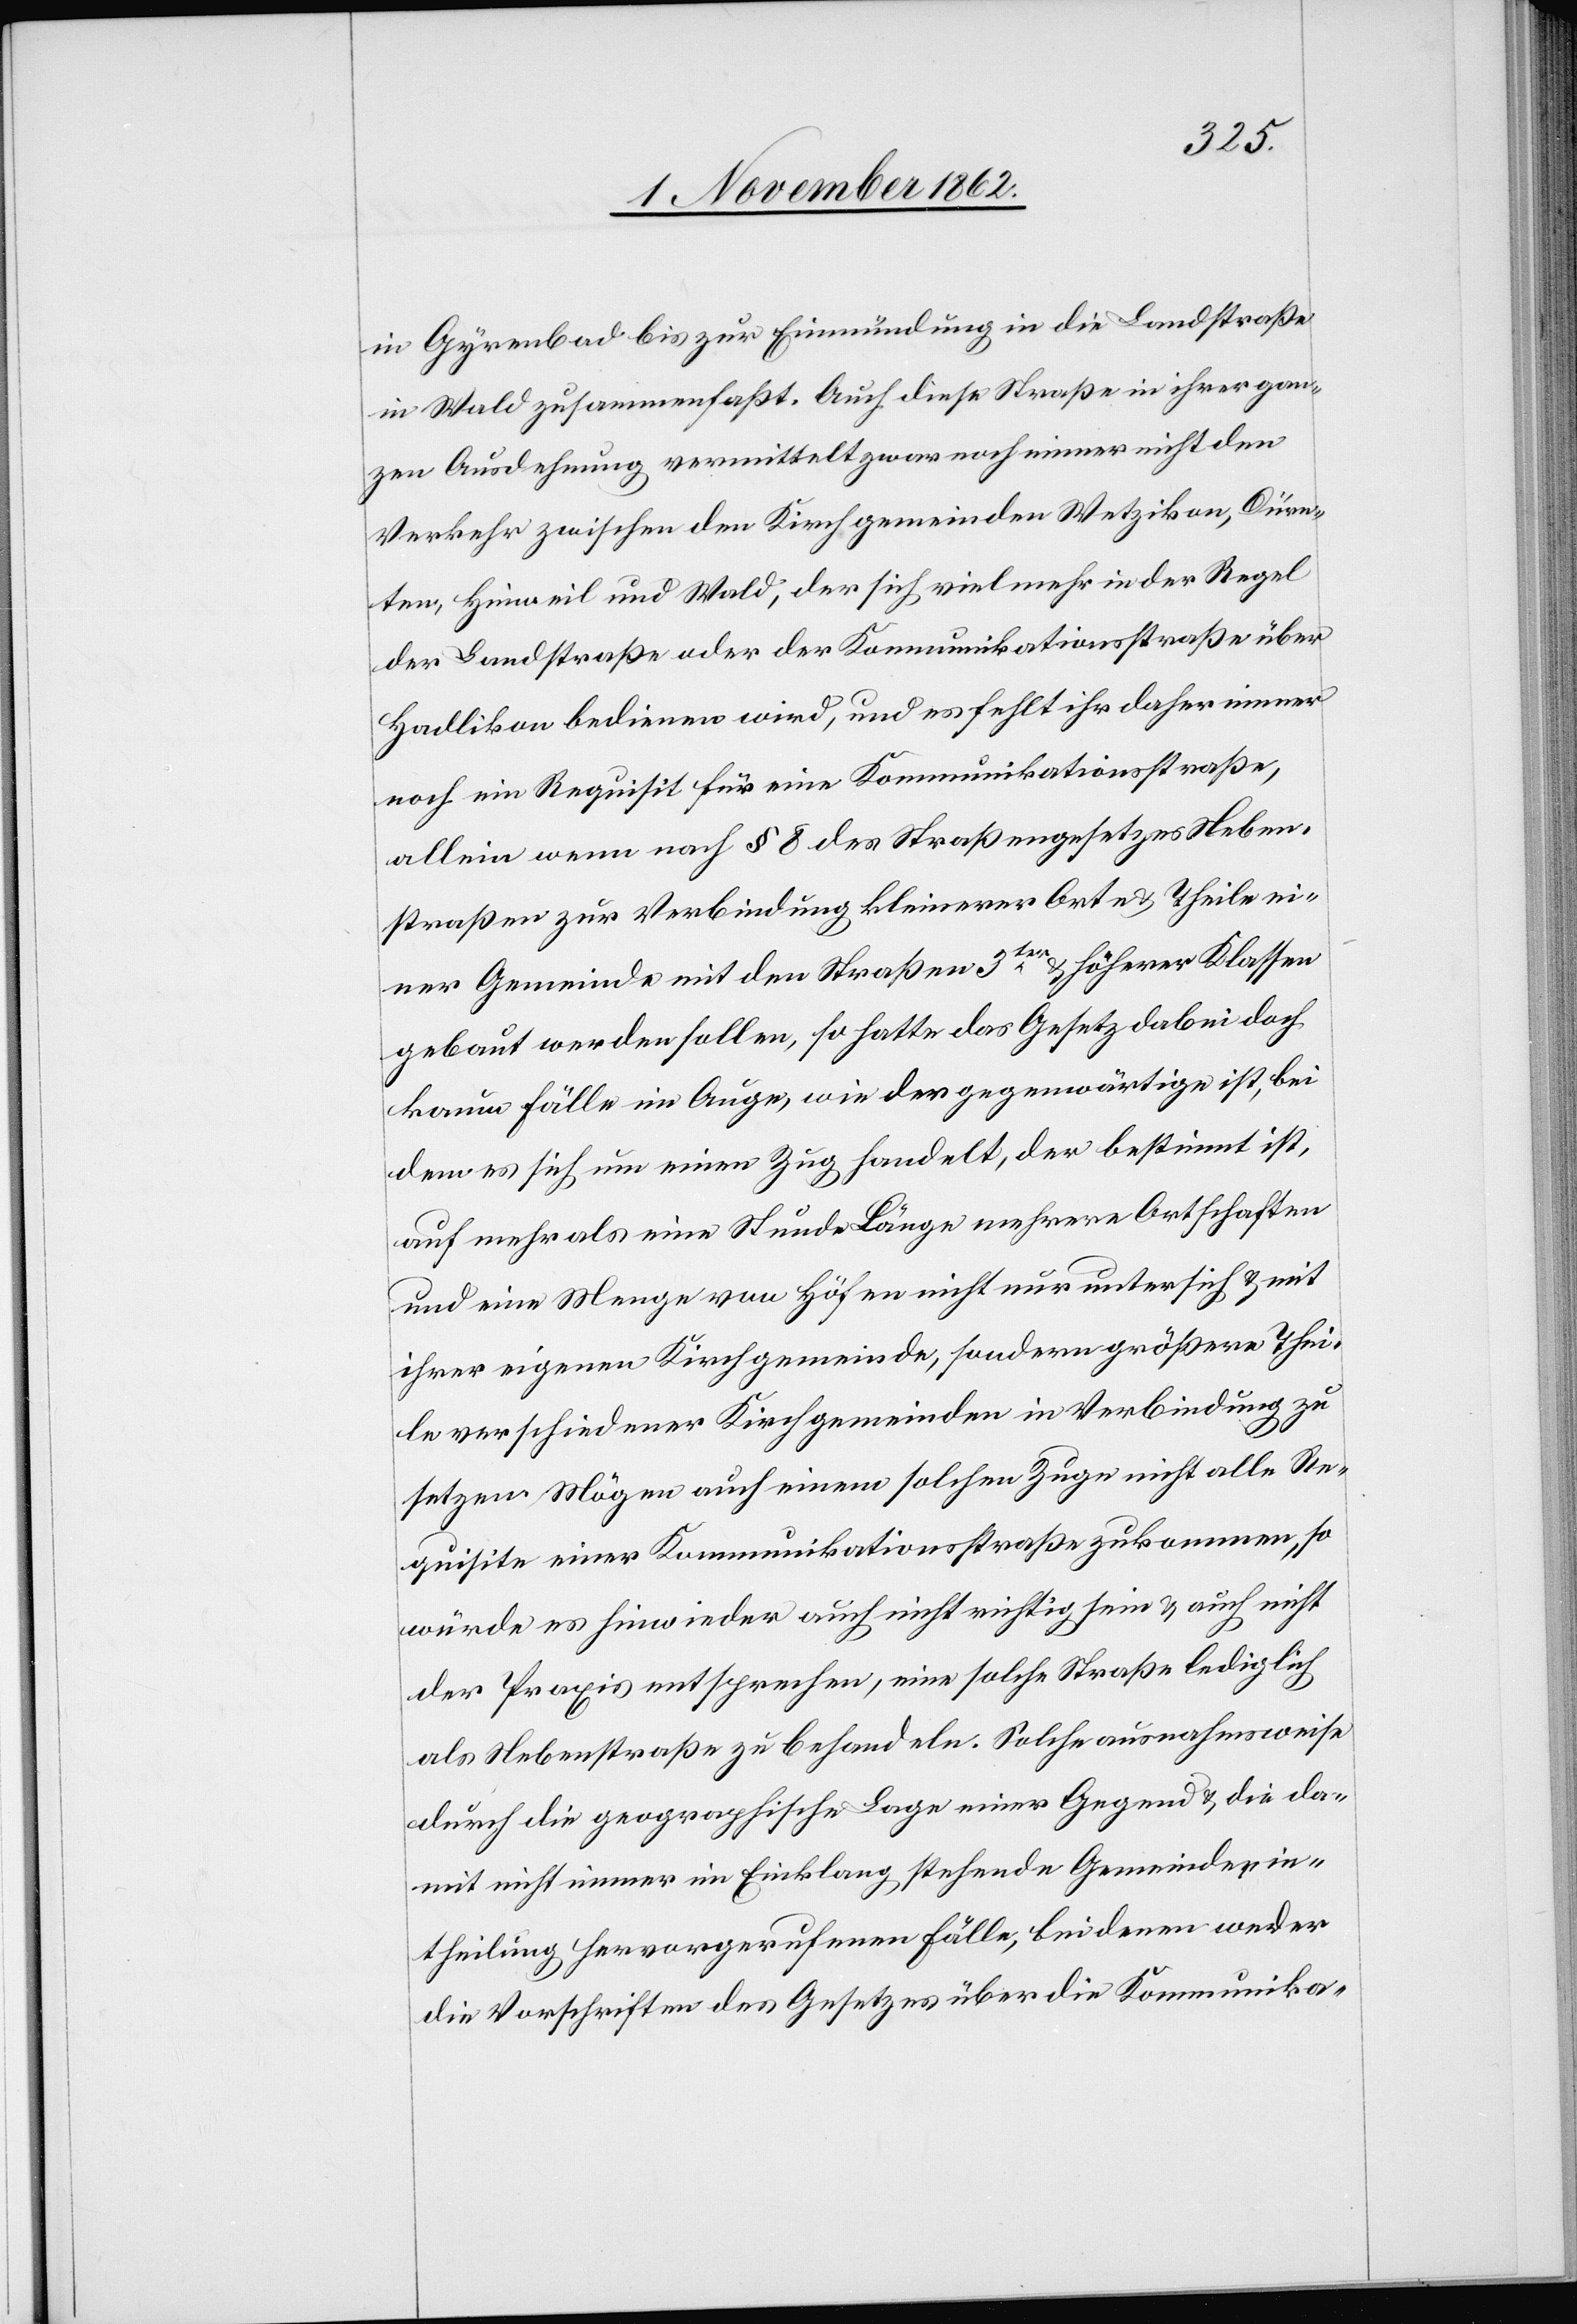
in Gyrenbad bis zur Einmündung in die Landstraße
in Wald zusammenfaßt. Auch diese Straße in ihrer gan¬
zen Ausdehnung vermittelt zwar noch immer nicht den
Verkehr zwischen den Kirchgemeinden Wetzikon, Dürn¬
ten, Hinweil und Wald, der sich vielmehr in der Regel
der Landstraße oder der Kommunikationsstraße über
Haldikon bedienen wird, und es fehlt ihr daher immer
noch ein Requisit für eine Kommunikationsstraße,
allein wenn nach § 8 des Straßengesetzes Neben¬
straßen zur Verbindung kleinerer Orte u. Theile ei¬
ner Gemeinde mit den Straßen 3ter u. höherer Klassen
gebaut werden sollen, so hatte das Gesetz dabei doch
kaum Fälle im Auge, wie der gegenwärtige ist, bei
dem es sich um einen Zug handelt, der bestimmt ist,
auf mehr als eine Stunde Länge mehrere Ortschaften
und eine Menge von Höfen nicht nur unter sich u. mit
ihrer eigenen Kirchgemeinde, sondern größere Thei¬
le verschiedener Kirchgemeinden in Verbindung zu
setzen. Mögen auch einem solchen Zuge nicht alles Re¬
quisite einer Kommunikationsstraße zukommen, so
würde es hinwieder auch nicht richtig sein u. auch nicht
der Praxis entsprechen, eine solche Straße lediglich
als Nebenstraße zu behandeln. Solche ausnahmsweise
durch die geographische Lage einer Gegend u. die da¬
mit nicht immer im Einklang stehende Gemeindeein¬
theilung hervorgerufenen Fälle, bei denen weder
die Vorschriften des Gesetzes über die Kommunika-